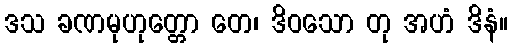
ဒသ ခဏမုဟုတ္တော တေ၊ ဒိဝသော တု အဟံ ဒိနံ။